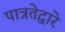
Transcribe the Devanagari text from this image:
पात्रतेद्वारे